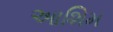
આશિમ